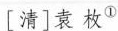
[清]袁枚①